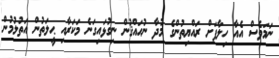
ނަމަވެސް އެއާ ހިލާފަށް ރައްޔިތުންގެ މުދާ ނުޙައްޤުން ނިގުޅައިގަނެ މަކަރާއި ޙީލަތުން އަތުލުމުން